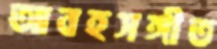
আবহসঙ্গীত